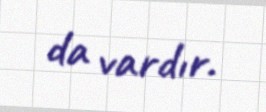
da vardır.